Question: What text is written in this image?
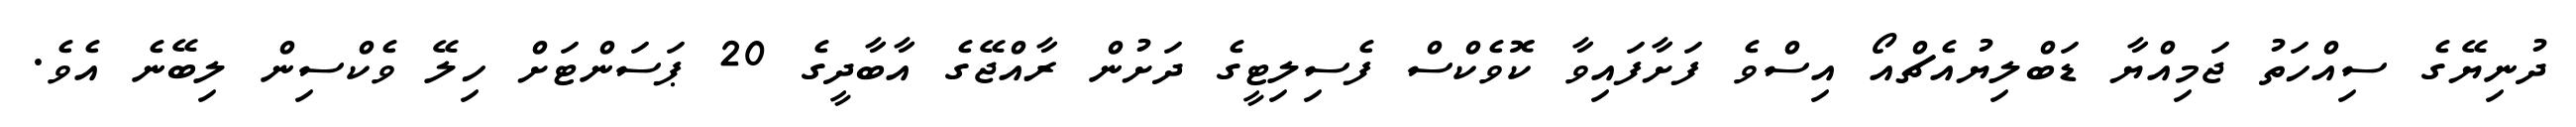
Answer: ދުނިޔޭގެ ސިއްހަތު ޖަމިއްޔާ ޑަބްލިޔުއެޗްއޯ އިސްވެ ފަށާފައިވާ ކޮވެކްސް ފެސިލިޓީގެ ދަށުން ރާއްޖޭގެ އާބާދީގެ 20 ޕަސަންޓަށް ހިލޭ ވެކްސިން ލިބޭނެ އެވެ.